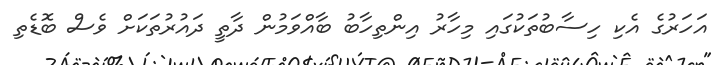
އަހަރުގެ އެކި ހިސާބުތަކުގައި މިހާރު އިންތިހާބު ބާއްވަމުން ދާތީ ދައުރުތަކަށް ވެސް ބޮޑެތި